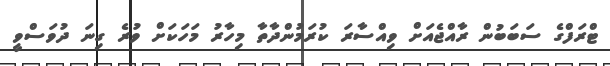
ޓްރަފްގެ ސަބަބުން ރާއްޖެއަށް ވިއްސާރަ ކުރަމުންދާތާ މިހާރު މަހަކަށް ވުރެ ގިނަ ދުވަސްވީ